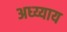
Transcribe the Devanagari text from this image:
अध्य्याय